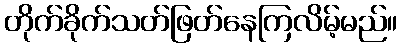
တိုက်ခိုက်သတ်ဖြတ်နေကြလိမ့်မည်။